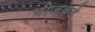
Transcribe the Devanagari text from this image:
भोजकडे